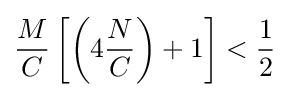
{\frac {M}{C}}\left[\left(4{\frac {N}{C}}\right)+1\right]<{\frac {1}{2}}